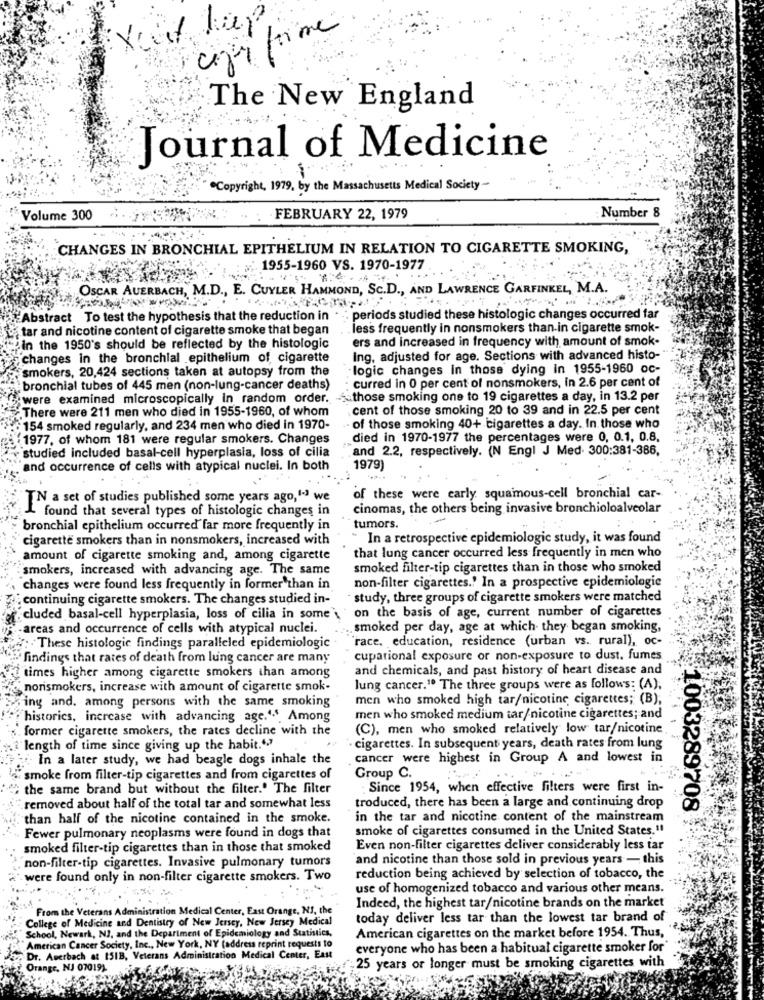
copritime
The New England
Journal of Medicine
Copyright, 1979, by the Massachusetts Medical Society-
Number 8
"Volume 300
FEBRUARY 22, 1979
CHANGES IN BRONCHIAL EPITHELIUM IN RELATION TO CIGARETTE SMOKING,
1955-1960 VS. 1970-1977
OSCAR AUERBACH, M.D ., E. CUYLER HAMMOND, Sc.D ., AND LAWRENCE GARFINKEL, M.A.
Abstract To test the hypothesis that the reduction in . : periods studied these histologic changes occurred far
tar and nicotine content of cigarette smoke that began
less frequently in nonsmokers than in cigarette smok-
ers and increased in frequency with amount of smok-
in the 1950's should be reflected by the histologic
changes in the bronchial epithelium of cigarette
ing, adjusted for age. Sections with advanced histo-
smokers, 20,424 sections taken at autopsy from the
-logic changes in those dying in 1955-1960 oc-
curred in 0 per cent of nonsmokers, in 2.6 per cent of
bronchial tubes of 445 men (non-lung-cancer deaths)
were examined microscopically in random order. those smoking one to 19 cigarettes a day, in 13.2 per
There were 211 men who died in 1955-1960, of whom
cent of those smoking 20 to 39 and in 22.5 per cent
154 smoked regularly, and 234 men who died in 1970-
. of those smoking 40+ cigarettes a day. In those who
1977, of whom 181 were regular smokers. Changes
died in 1970-1977 the percentages were 0, 0.1, 0.8.
studied included basal-cell hyperplasia, loss of cilia
and 2.2, respectively. (N Engl J Med. 300:381-386,
and occurrence of cells with atypical nuclei. In both
1979)
TN a set of studies published some years ago,1-3 we
of these were early squamous-cell bronchial car-
cinomas, the others being invasive bronchioloalveolar
I found that several types of histologic changes in
bronchial epithelium occurred far more frequently in
tumors.
cigarette smokers than in nonsmokers, increased with
- In a retrospective epidemiologic study, it was found
that lung cancer occurred less frequently in men who
amount of cigarette smoking and, among cigarette
smokers, increased with advancing age. The same
smoked filter-tip cigarettes than in those who smoked
non-filter cigarettes .! In a prospective epidemiologie
changes were found less frequently in former than in
continuing cigarette smokers. The changes studied in-
· study, three groups of cigarette smokers were matched
on the basis of age, current number of cigarettes
cluded basal-cell hyperplasia, loss of cilia in some'
areas and occurrence of cells with atypical nuclei.
smoked per day, age at which they began smoking,
race, education, residence (urban vs. rural), oc-
: These histologie findings paralleled epidemiologic
findings that rates of death from lung cancer are many
cupational exposure or non-exposure to dust, fumes
times higher among cigarette smokers than among
and chemicals, and past history of heart disease and
"norismokers, increase with amount of cigarette smok-
lung cancer." The three groups were as follows: (A),
Fing and. among persons with the same smoking
men who smoked high tar/nicotine cigarettes; (B),
historics, increase with advancing age.4.s. Among
men who smoked medium tar/nicotine cigarettes; and
former cigarette smokers, the rates decline with the
(C), men who smoked relatively low tar/nicotine
. length of time since giving up the habit.""
· cigarettes. In subsequent years, death rates from lung
In a later study, we had beagle dogs inhale the
cancer were highest in Group A and lowest in
smoke from filter-tip cigarettes and from cigarettes of
Group C.
the same brand but without the filter.' The filter
Since 1954, when effective filters were first in-
troduced, there has been a large and continuing drop
removed about half of the total tar and somewhat less
1003289708
than half of the nicotine contained in the smoke.
in the tar and nicotine content of the mainstream
Fewer pulmonary neoplasms were found in dogs that
smoke of cigarettes consumed in the United States.11
smoked filter-tip cigarettes than in those that smoked
Even non-filter cigarettes deliver considerably less tar
non-filter-tip cigarettes. Invasive pulmonary tumors
and nicotine than those sold in previous years - this
were found only in non-filter cigarette smokers. Two
reduction being achieved by selection of tobacco, the
use of homogenized tobacco and various other means.
From the Veterans Administration Medical Center, East Orange, NS, the
Indeed, the highest tar/nicotine brands on the market
College of Medicine and Dentistry of New Jersey, New Jersey Medical
today deliver less tar than the lowest tar brand of
School, Newark, NJ, and the Department of Epidemiology and Statistics,
American cigarettes on the market before 1954. Thus,
American Cancer Society, Inc ., New York, NY (address reprint requests to
everyone who has been a habitual cigarette smoker for
Dr. Auerbach at 151B, Veterans Administration Medical Center, East
Orange, NJ 07019).
25 years or longer must be smoking cigarettes with